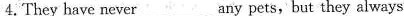
4.They have never___. Any pets, but they always